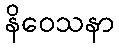
နိဝေသနာ